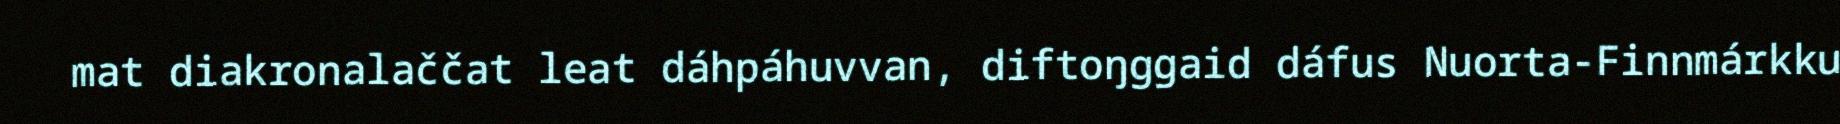
mat diakronalaččat leat dáhpáhuvvan, diftoŋggaid dáfus Nuorta-Finnmárkku